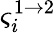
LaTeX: \varsigma_{i}^{1\to 2}